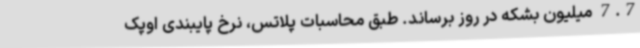
7.7 میلیون بشکه در روز برساند. طبق محاسبات پلاتس، نرخ پایبندی اوپک